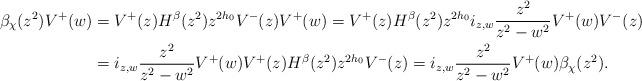
LaTeX: \begin{align*}\beta_\chi(z^2) V^+(w) &= V^+(z)H^{\beta} (z^2)z^{2h_0}V^-(z) V^+(w) = V^+(z)H^{\beta} (z^2)z^{2h_0} i_{z, w}\frac{z^2}{z^2 -w^2}V^+(w)V^-(z)\\&= i_{z, w}\frac{z^2}{z^2 -w^2}V^+(w) V^+(z)H^{\beta} (z^2)z^{2h_0}V^-(z) = i_{z, w}\frac{z^2}{z^2 -w^2}V^+(w)\beta_\chi(z^2).\end{align*}